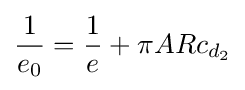
{\frac {1}{e_{0}}}={\frac {1}{e}}+\pi ARc_{d_{2}}